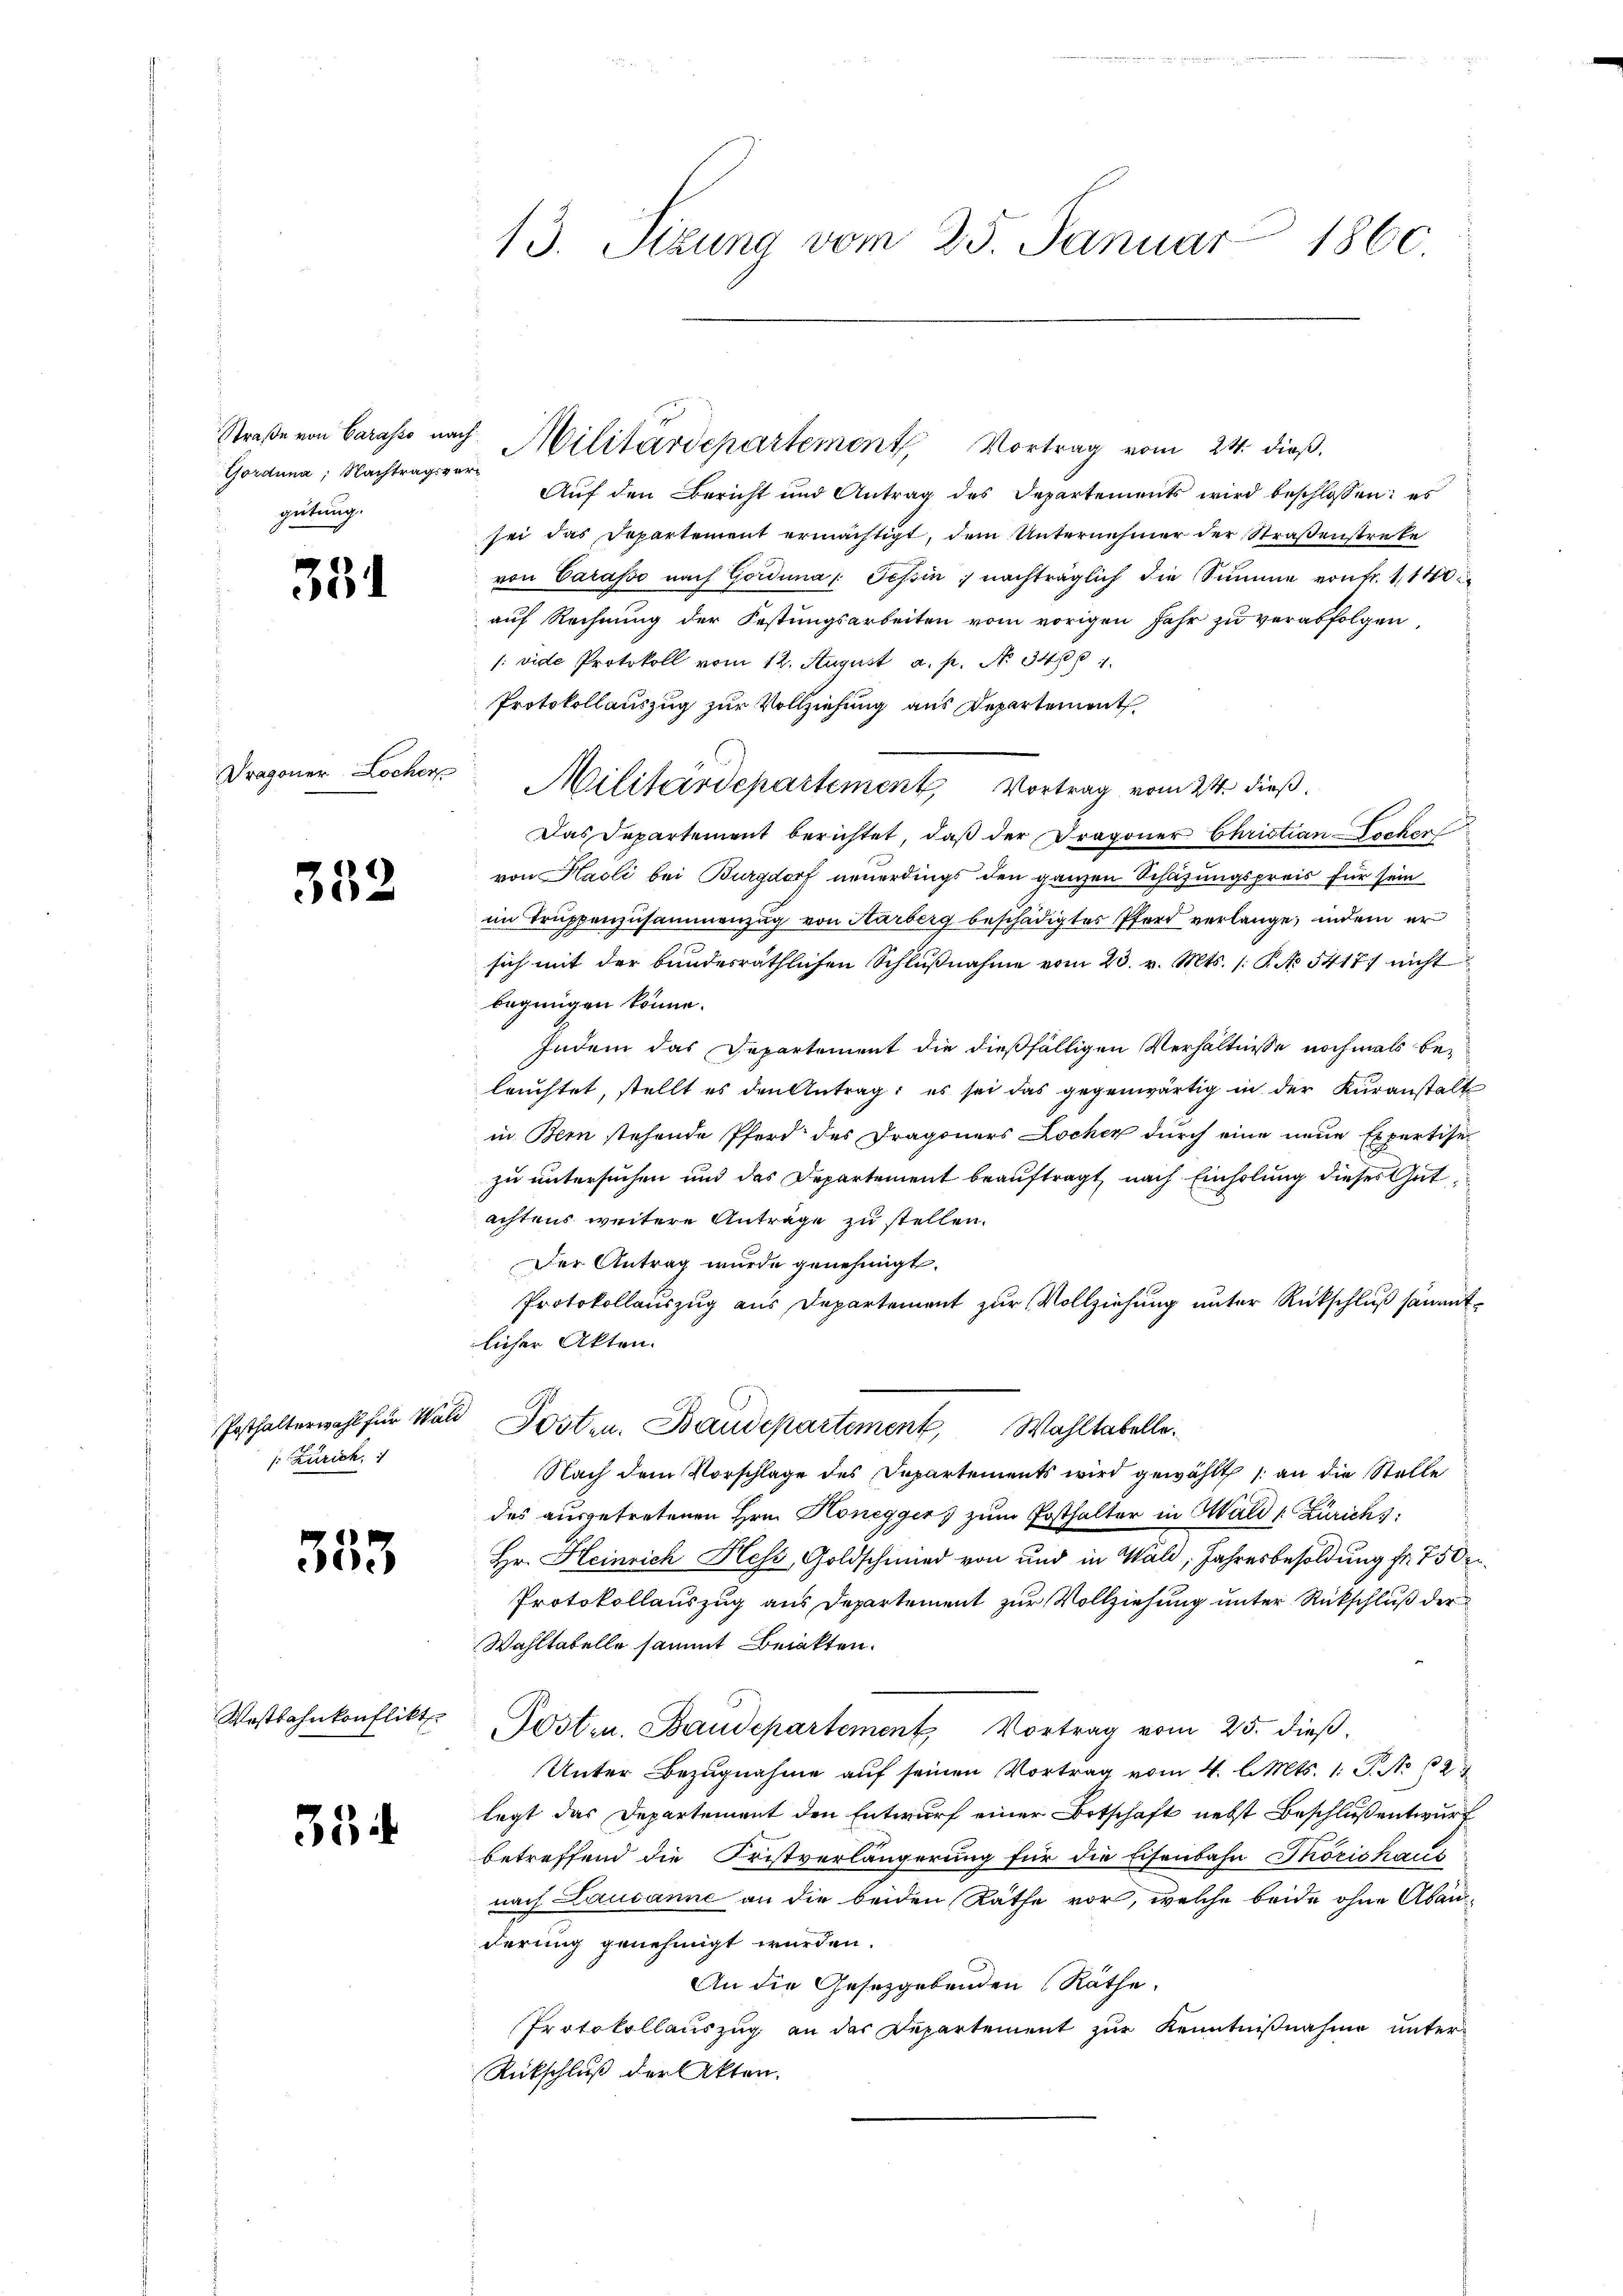
Straße von Carasso nach
Gorduna; Nachtragsvergütung.

354

Dragoner Locher

352

so Zürich,

553

Wostbahnkonflikt

354

13. Sizung vom 25. Januar 1860

Auf den Bericht und Antrag des Departements wird beschlossen: es
sei das Departement ermächtigt, dem Unternehmer der Straßenstreke
von Carasso nach Gorduna /: Tessin, nachträglich die Summe von fr. 1140
auf Rechnung der Festungsarbeiten vom vorigen Jahr zu verabfolgen
/: vide Protokoll vom 12. August a. p. N. 3400.
Protokollauszug zur Vollziehung aus Departement
Militärdepartement Vortrag vom 24. dieß
Das Departement berichtet, daß der Dragoner Christian-Tocker
von Hasli bei Burgdorf neuerdings den ganzen Schazungspreis für sein
im Truppenzusammenzug von Aarberg beschädigter Pferd verlange, indem er
sich mit der bundesräthlichen Schlußnahme vom 23. v. Mts. (: P. No 5417/ nicht
begnügen könne.
Indem das Departement die dießfälligen Verhältnisse nochmals beleuchtet, stellt es den Antrag; es sei das gegenwärtig in der Kuranstalt
in Bern stehende Pferd des Dragoners Locher durch eine neue Expertise-
zu untersuchen und das Departement beauftragt, nach Einholung dieses Gut
achtens weitere Anträge zu stellen.
Der Antrag wurde genehmigt.
Protokollauszug aus Departement zŭr Vollziehŭng ŭnter Rückschlŭβ sämmtlicher Akten.
Posthalterwahl für Wald Posten. Baudepartement Wohltabelle.
Nach dem Vorschlage des Departements wird gewählt /: an die Stelle
des ausgetretenen Hrn. Honeggers zum Posthalter in Wald (Zürich
Hr. Heinrich Hess, Goldschmied von und in Wald, Jahresbesoldung fr. 750 er¬
Protokollauszug aus Departement zur Vollziehung unter Rückschluß der
Wahltabelle sammt Berakten.
Posten. Baudepartement Vortrag vom 25. dieβ.
Unter Bezugnahme auf seinen Vortrag vom 4. l. Mts. 1. J. No 12
legt das Departement den Entwurf einer Botschaft nebst Beschluß entwurf
betreffend die Fristverlängerung für die Eisenbahn Thorishaus
nach Lausanne an die beiden Räthe vor, welche beide ohne Abanderung genehmigt wurden.
An die Gesetzgebenden Räthe.
Protokollauszug an der Departement zur Kenntnißnahme unter¬
Rückschluß der Akten.

Militärdepartement, Vortrag vom 24. dieß.